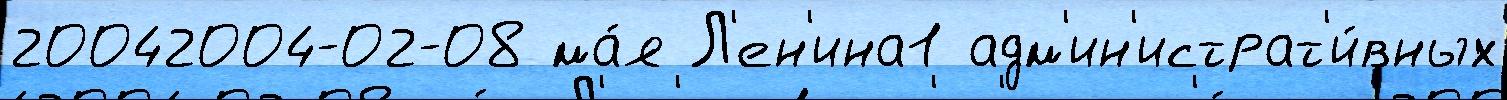
20042004-02-08 ма́я Л'ен'ина1 адм'ин'истрат'и́вных